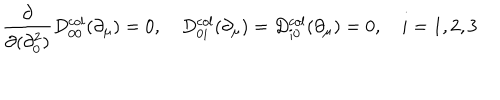
\frac { \partial } { \partial ( \partial _ { 0 } ^ { 2 } ) } D _ { 0 0 } ^ { c o l } ( \partial _ { \mu } ) = 0 , \quad D _ { 0 i } ^ { c o l } ( \partial _ { \mu } ) = D _ { i 0 } ^ { c o l } ( \partial _ { \mu } ) = 0 , \quad i = 1 , 2 , 3